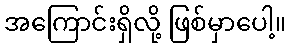
အကြောင်းရှိလို့ ဖြစ်မှာပေါ့။